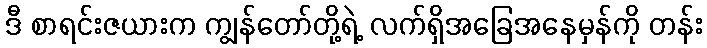
ဒီ စာရင်းဇယားက ကျွန်တော်တို့ရဲ့ လက်ရှိအခြေအနေမှန်ကို တန်း